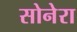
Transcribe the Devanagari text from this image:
सोनेरा